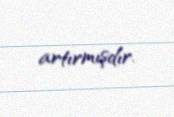
artırmışdır.